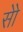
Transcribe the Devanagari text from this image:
सोे